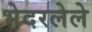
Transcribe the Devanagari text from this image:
भेदरलेले